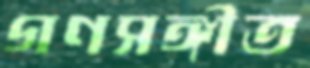
গণসঙ্গীত